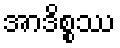
အာဒိစ္စဿ